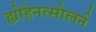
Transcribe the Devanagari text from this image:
ह्योहेनत्सोलर्न